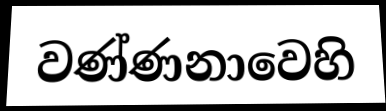
වණ්ණනාවෙහි